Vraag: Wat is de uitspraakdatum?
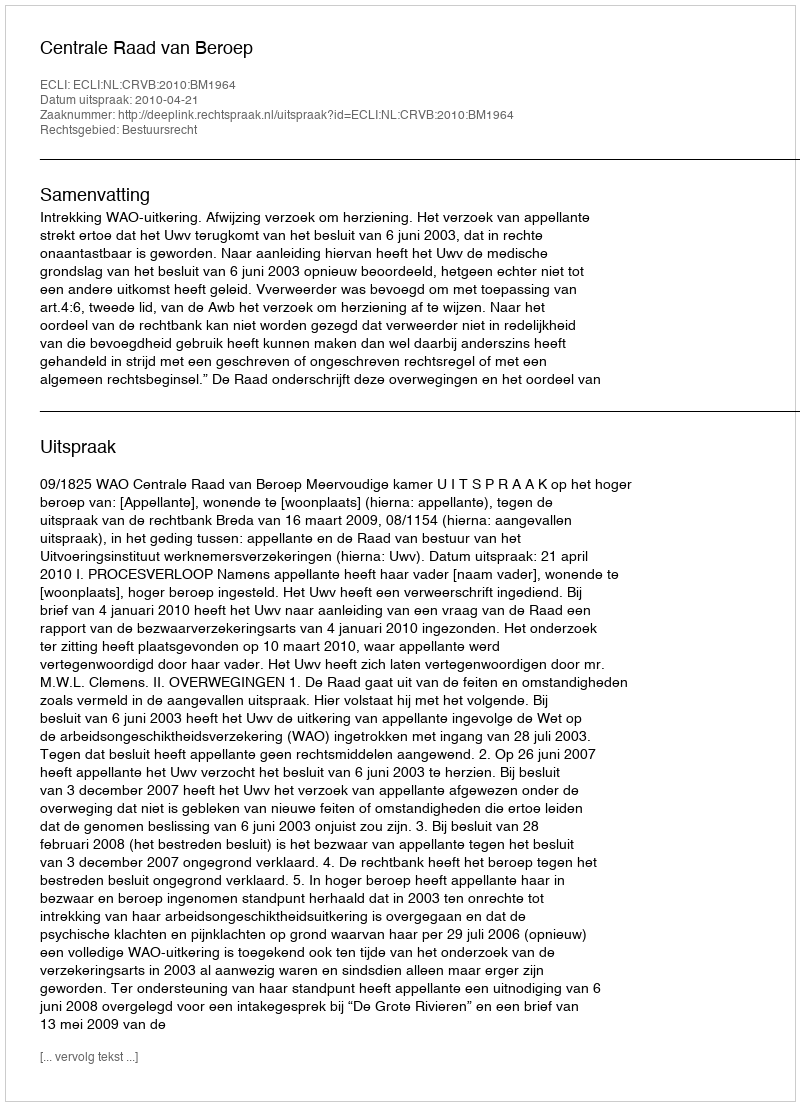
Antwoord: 2010-04-21